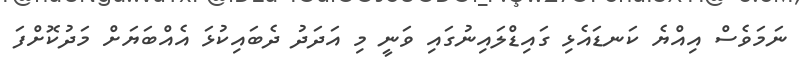
ނަމަވެސް އިއްޔެ ކަނޑައެޅި ގައިޑްލައިނުގައި ވަނީ މި އަދަދު ދެބައިކުޅަ އެއްބަޔަށް މަދުކޮށްފަ